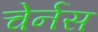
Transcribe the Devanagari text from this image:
चेर्नस